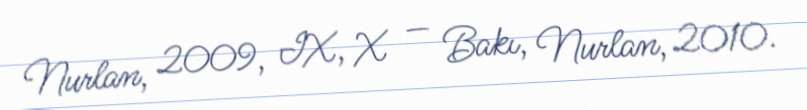
Nurlan, 2009, IX, X — Bakı, Nurlan, 2010.